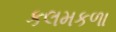
કલમકળા